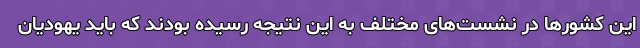
این کشورها در نشست‌های مختلف به این نتیجه رسیده بودند که باید یهودیان